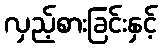
လှည့်စားခြင်းနှင့်